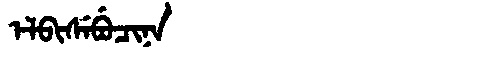
Manchu: ᡝᠯᠪᡳᠰᡝᠪᡠᠴᡳᠨᠠ
Romanization: ELBISEBUCINA